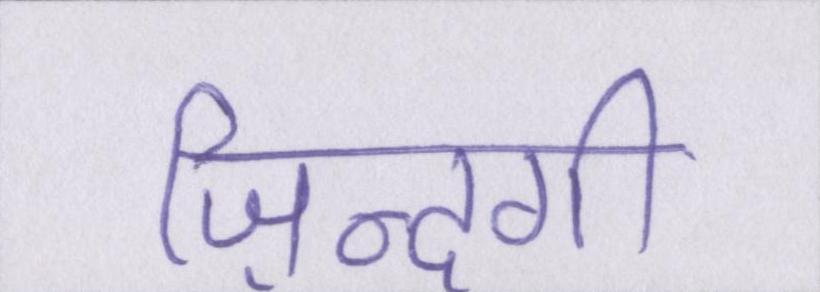
ज़िन्दगी